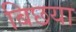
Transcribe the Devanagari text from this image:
बिछया